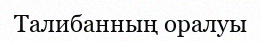
Талибанның оралуы